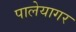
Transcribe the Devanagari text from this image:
पालेयागर